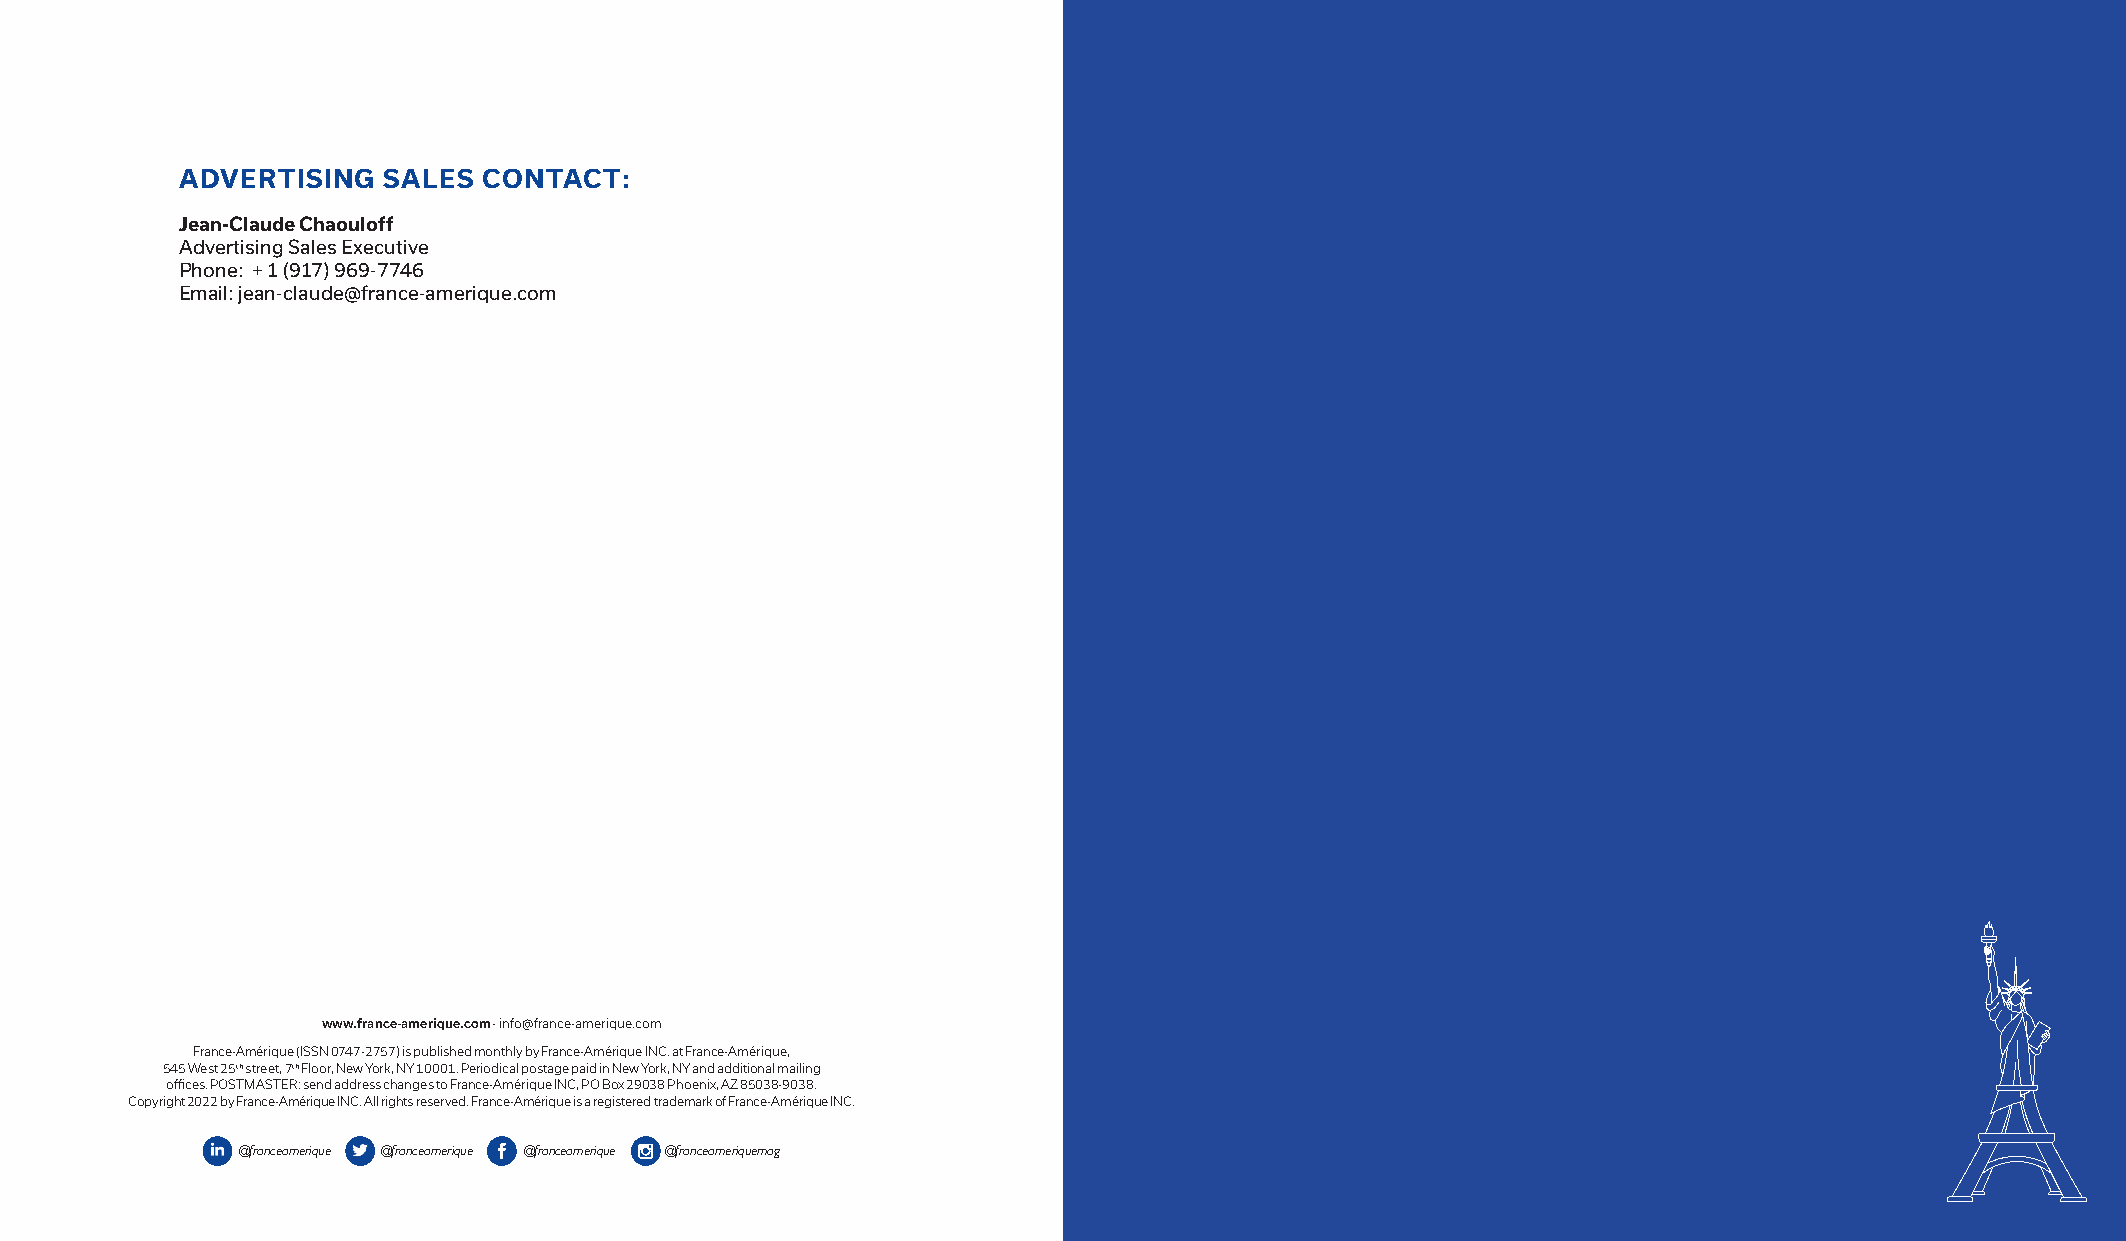
ADVERTISING  SALES  CONTACT:
 Jean-Claude Chaouloff
 Advertising Sales Executive
 Phone: + 1 (917) 969-7746
 Email: jean-claude@france-amerique.com
 www.france-amerique.com - info@france-amerique.com
 France-Amérique (ISSN 0747-2757) is published monthly by France-Amérique INC. at France-Amérique,
 545 West 25th street, 7th Floor, New York, NY 10001. Periodical postage paid in New York, NY and additional mailing
 offices. POSTMASTER: send address changes to France-Amérique INC, PO Box 29038 Phoenix, AZ 85038-9038.
 Copyright 2022 by France-Amérique INC. All rights reserved. France-Amérique is a registered trademark of France-Amérique INC.
 @franceamerique @franceamerique @franceamerique @franceameriquemag